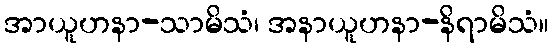
အာယူဟနာ-သာမိသံ၊ အနာယူဟနာ-နိရာမိသံ။